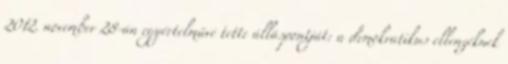
2012. november 28-án egyértelművé tette álláspontját: a demokratikus ellenzéknek